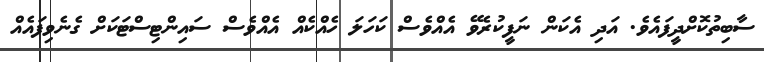
ސާބިތުކޮށްދީފައެވެ. އަދި އެކަން ނަފީކުރެވޭ އެއްވެސް ކަހަލަ ހެއްކެއް އެއްވެސް ސައިންޓިސްޓަކަށް ގެނެވިފައެއް